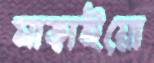
মাড়াইয়ো